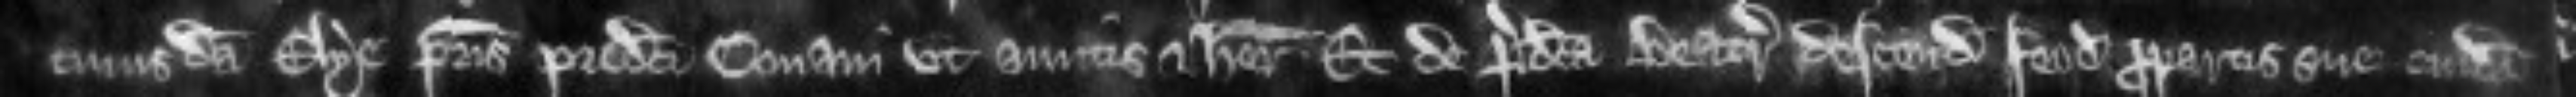
cuiusdam Elye patris predicti Conani ut amitis et heredibus. Et de predicta Beatrici descendit feodum propartis sue cuidam